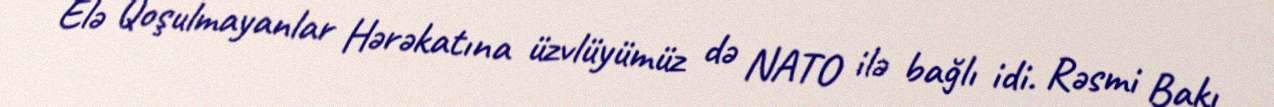
Elə Qoşulmayanlar Hərəkatına üzvlüyümüz də NATO ilə bağlı idi. Rəsmi Bakı